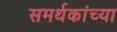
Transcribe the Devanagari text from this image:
समर्थकांच्या